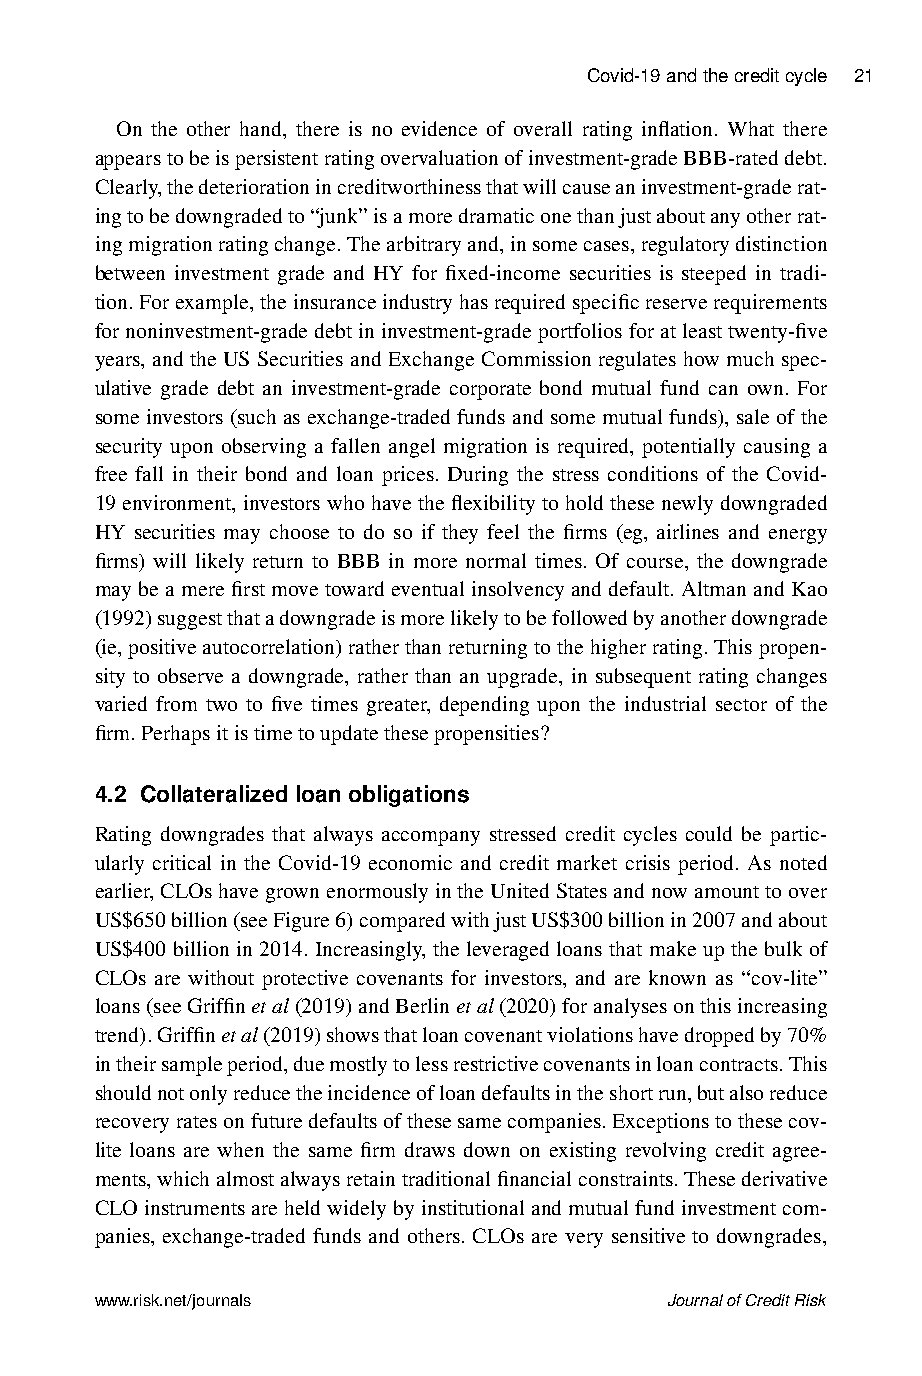
Covid-19andthecreditcycle 21
 On the other hand, there is no evidence of overall rating inflation. What there
 appearstobeispersistentratingovervaluationofinvestment-gradeBBB-rateddebt.
 Clearly,thedeteriorationincreditworthinessthatwillcauseaninvestment-graderat-
 ingtobedowngradedto“junk”isamoredramaticonethanjustaboutanyotherrat-
 ingmigrationratingchange.Thearbitraryand,insomecases,regulatorydistinction
 between investment grade and HY for fixed-income securities is steeped in tradi-
 tion.Forexample,theinsuranceindustryhasrequiredspecificreserverequirements
 fornoninvestment-gradedebtininvestment-gradeportfoliosforatleasttwenty-five
 years, and the US Securities and Exchange Commission regulates how much spec-
 ulative grade debt an investment-grade corporate bond mutual fund can own. For
 someinvestors(suchasexchange-tradedfundsandsomemutualfunds),saleofthe
 security upon observing a fallen angel migration is required, potentially causing a
 free fall in their bond and loan prices. During the stress conditions of the Covid-
 19 environment, investors who have the flexibility to hold these newly downgraded
 HY securities may choose to do so if they feel the firms (eg, airlines and energy
 firms) will likely return to BBB in more normal times. Of course, the downgrade
 may be a mere first move toward eventual insolvency and default. Altman and Kao
 (1992)suggestthatadowngradeismorelikelytobefollowedbyanotherdowngrade
 (ie,positiveautocorrelation)ratherthanreturningtothehigherrating.Thispropen-
 sity to observe a downgrade, rather than an upgrade, in subsequent rating changes
 varied from two to five times greater, depending upon the industrial sector of the
 firm.Perhapsitistimetoupdatethesepropensities?
 4.2 Collateralized loan obligations
 Rating downgrades that always accompany stressed credit cycles could be partic-
 ularly critical in the Covid-19 economic and credit market crisis period. As noted
 earlier,CLOshavegrownenormouslyintheUnitedStatesandnowamounttoover
 US$650billion(seeFigure6)comparedwithjustUS$300billionin2007andabout
 US$400 billion in 2014. Increasingly, the leveraged loans that make up the bulk of
 CLOs are without protective covenants for investors, and are known as “cov-lite”
 loans(seeGriffinetal(2019)andBerlinetal(2020)foranalysesonthisincreasing
 trend).Griffinetal(2019)showsthatloancovenantviolationshavedroppedby70%
 intheirsampleperiod,duemostlytolessrestrictivecovenantsinloancontracts.This
 shouldnotonlyreducetheincidenceofloandefaultsintheshortrun,butalsoreduce
 recoveryratesonfuturedefaultsofthesesamecompanies.Exceptionstothesecov-
 lite loans are when the same firm draws down on existing revolving credit agree-
 ments,whichalmostalwaysretaintraditionalfinancialconstraints.Thesederivative
 CLOinstrumentsareheldwidelybyinstitutionalandmutualfundinvestmentcom-
 panies, exchange-traded funds and others. CLOs are very sensitive to downgrades,
 www.risk.net/journals                 JournalofCreditRisk